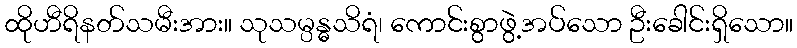
ထိုဟီရိနတ်သမီးအား။ သုသမ္ပန္ဓသိရံ၊ ကောင်းစွာဖွဲ့အပ်သော ဦးခေါင်းရှိသော။